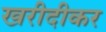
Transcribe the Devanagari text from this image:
खरीदीकर